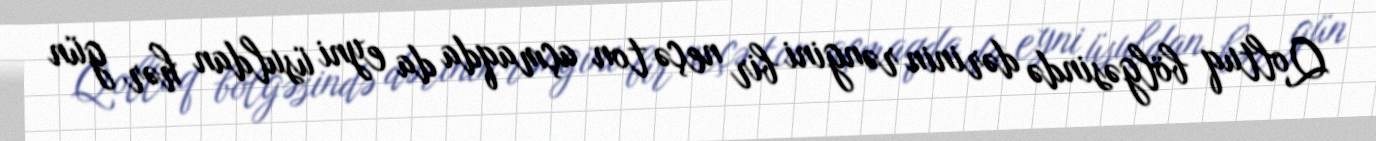
Qoltuq bölgəsində dərinin rəngini bir neçə ton açmaqda da eyni üsuldan hər gün